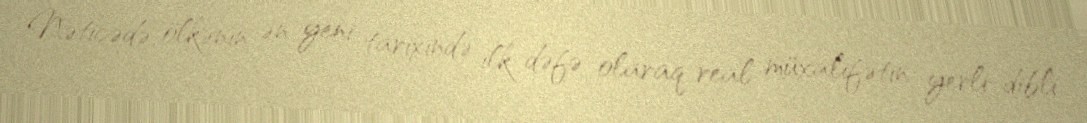
Nəticədə ölkənin ən yeni tarixində ilk dəfə olaraq real müxalifətin yerli-dibli